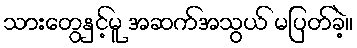
သားတွေနှင့်မူ အဆက်အသွယ် မပြတ်ခဲ့။